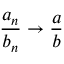
{ \frac { a _ { n } } { b _ { n } } } \to { \frac { a } { b } }